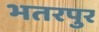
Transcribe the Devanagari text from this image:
भतरपुर